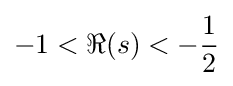
-1<\Re (s)<-{\frac {1}{2}}